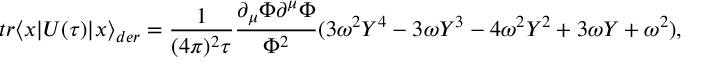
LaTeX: t r \langle x | U ( \tau ) | x \rangle _ { d e r } = \frac { 1 } { ( 4 \pi ) ^ { 2 } \tau } \frac { \partial _ { \mu } \Phi \partial ^ { \mu } \Phi } { \Phi ^ { 2 } } ( 3 \omega ^ { 2 } Y ^ { 4 } - 3 \omega Y ^ { 3 } - 4 \omega ^ { 2 } Y ^ { 2 } + 3 \omega Y + \omega ^ { 2 } ) ,